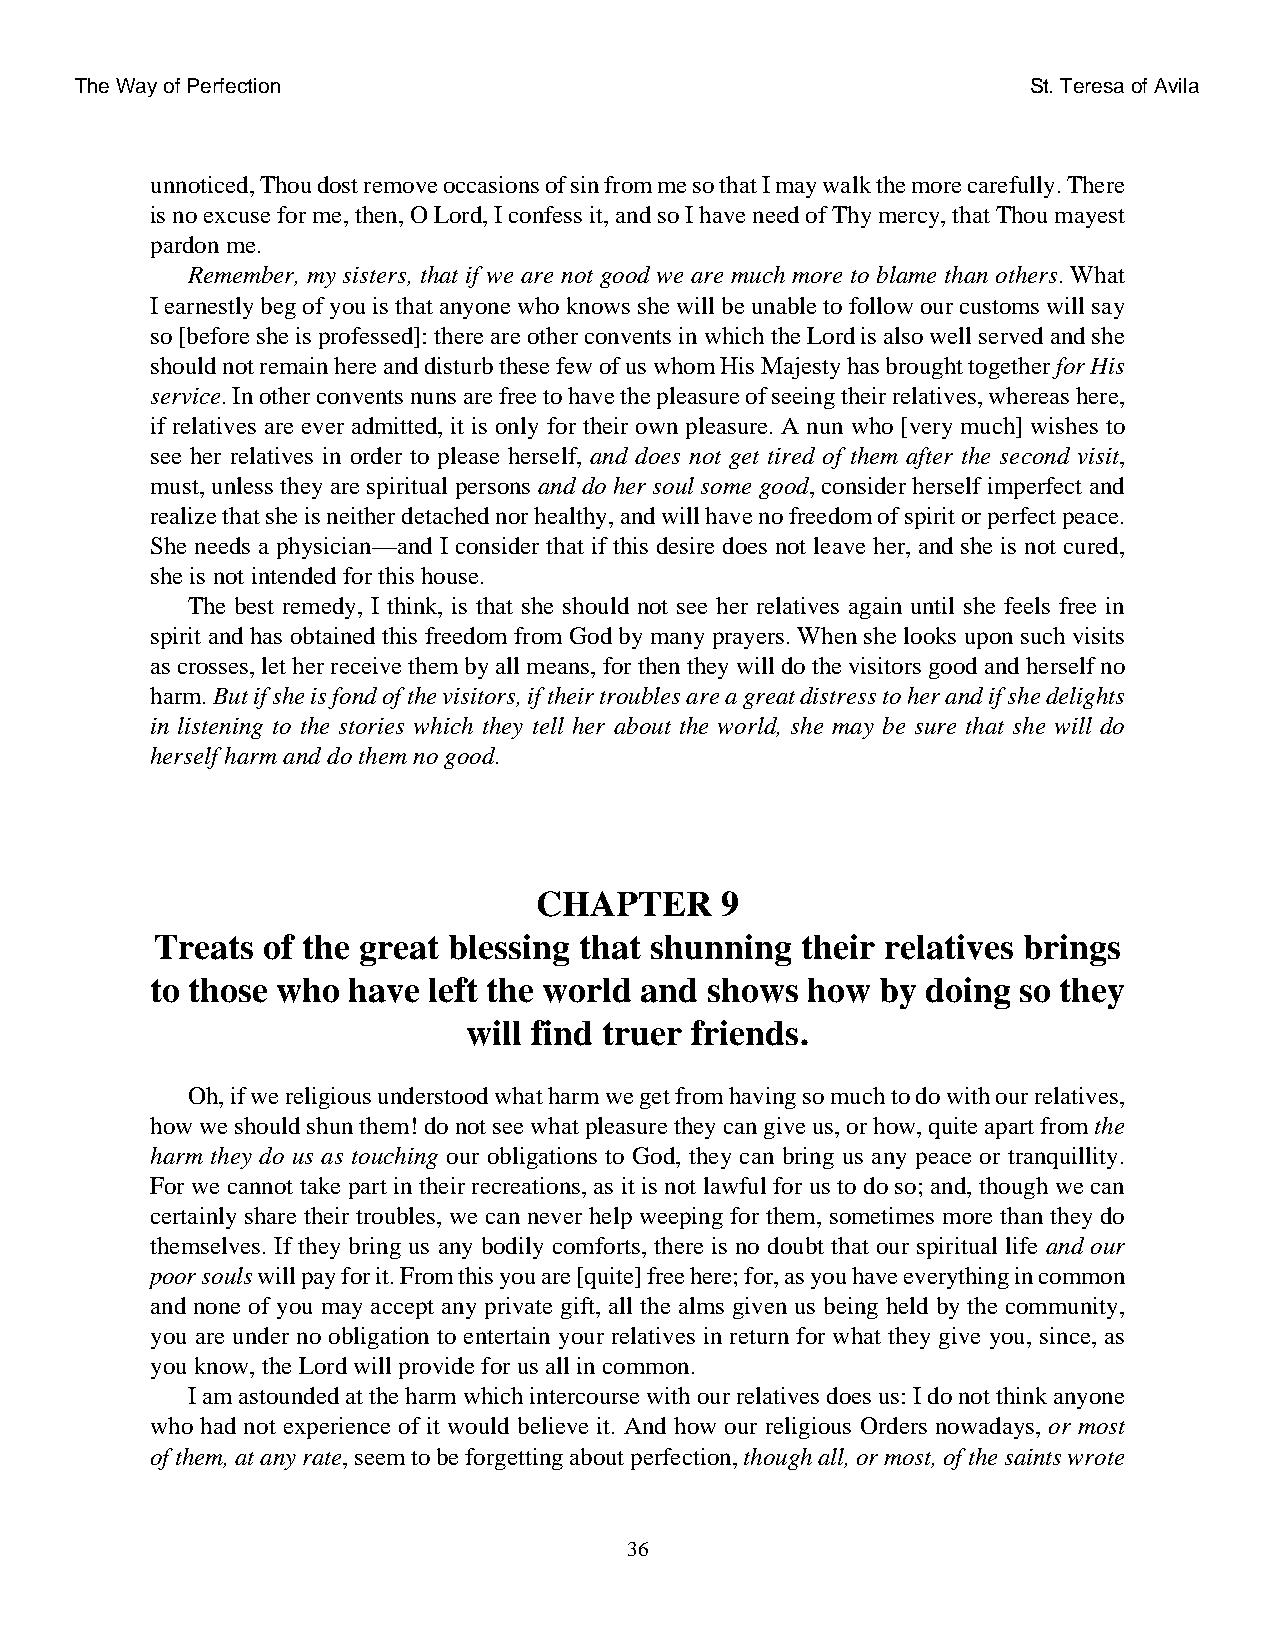
The Way of Perfection                                          St. Teresa of Avila
 unnoticed, Thou dost remove occasions of sin from me so that I may walk the more carefully. There
 is no excuse for me, then, O Lord, I confess it, and so I have need of Thy mercy, that Thou mayest
 pardon me.
 Remember, my sisters, that if we are not good we are much more to blame than others. What
 I earnestly beg of you is that anyone who knows she will be unable to follow our customs will say
 so [before she is professed]: there are other convents in which the Lord is also well served and she
 should not remain here and disturb these few of us whom His Majesty has brought together for His
 service. In other convents nuns are free to have the pleasure of seeing their relatives, whereas here,
 if relatives are ever admitted, it is only for their own pleasure. A nun who [very much] wishes to
 see her relatives in order to please herself, and does not get tired of them after the second visit,
 must, unless they are spiritual persons and do her soul some good, consider herself imperfect and
 realize that she is neither detached nor healthy, and will have no freedom of spirit or perfect peace.
 She needs a physician—and I consider that if this desire does not leave her, and she is not cured,
 she is not intended for this house.
 The best remedy, I think, is that she should not see her relatives again until she feels free in
 spirit and has obtained this freedom from God by many prayers. When she looks upon such visits
 as crosses, let her receive them by all means, for then they will do the visitors good and herself no
 harm. But if she is fond of the visitors, if their troubles are a great distress to her and if she delights
 in listening to the stories which they tell her about the world, she may be sure that she will do
 herself harm and do them no good.
 CHAPTER      9
 Treats of the great blessing that shunning their relatives brings
 to those who have left the world and shows how  by doing so they
 will find truer friends.
 Oh, if we religious understood what harm we get from having so much to do with our relatives,
 how we should shun them! do not see what pleasure they can give us, or how, quite apart from the
 harm they do us as touching our obligations to God, they can bring us any peace or tranquillity.
 For we cannot take part in their recreations, as it is not lawful for us to do so; and, though we can
 certainly share their troubles, we can never help weeping for them, sometimes more than they do
 themselves. If they bring us any bodily comforts, there is no doubt that our spiritual life and our
 poor souls will pay for it. From this you are [quite] free here; for, as you have everything in common
 and none of you may accept any private gift, all the alms given us being held by the community,
 you are under no obligation to entertain your relatives in return for what they give you, since, as
 you know, the Lord will provide for us all in common.
 I am astounded at the harm which intercourse with our relatives does us: I do not think anyone
 who had not experience of it would believe it. And how our religious Orders nowadays, or most
 of them, at any rate, seem to be forgetting about perfection, though all, or most, of the saints wrote
 36